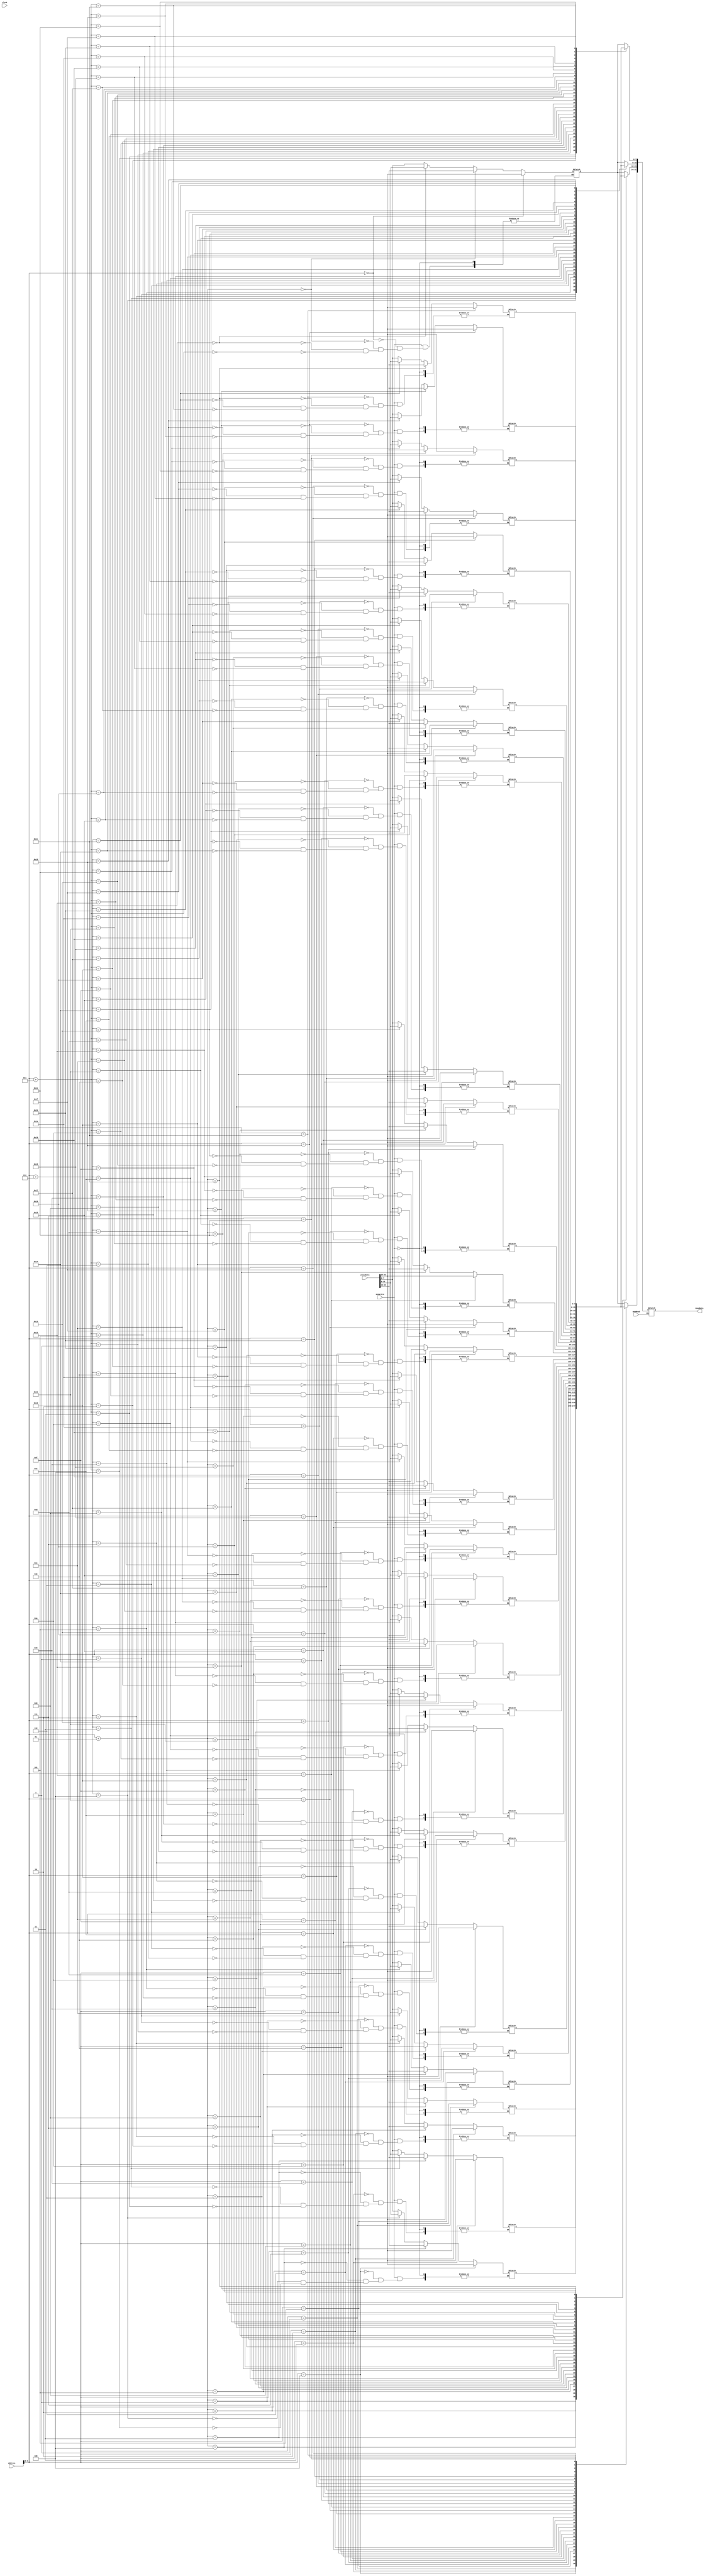
//-----------------------------------------------------
// Design Name : Mips_Processor
// Function : This file models the memory of the processor
// Coder    : Waleed Chaudhry
//--------------

module memory(address, writeData, memWrite, memRead, readData, clock);
	input wire signed [31:0] address;
	input wire signed [31:0] writeData;
	input wire memWrite;
	input wire memRead;

	input wire clock;
	integer i;
	reg [7:0] mainMemory[0:31];

	output reg signed [31:0] readData;

	initial begin
		for (i = 0; i < 32; i = i +4) begin
			{mainMemory[i],	mainMemory[i+1],mainMemory[i+2],mainMemory[i+3]} = 32'd0;
		end


		{mainMemory[0], mainMemory[1], mainMemory[2],mainMemory[3]} = 32'h1;
		{mainMemory[4], mainMemory[5], mainMemory[6],mainMemory[7]} = 32'h1;
		{mainMemory[8], mainMemory[9], mainMemory[10],mainMemory[11]} = 32'ha;

	end

	//Main Memory Read/Memory Write Functionality
	always @(*) begin
	#1
		if (memRead) begin
			readData <= {mainMemory[address], mainMemory[address+1], mainMemory[address+2],mainMemory[address+3]};	
		end

		if (memWrite) begin
			{mainMemory[address], mainMemory[address+1], mainMemory[address+2],mainMemory[address+3]} <=writeData;
		end
	end

		// // Printing the Main Memory
		always @ (negedge clock) begin
		#1
			$display("Printing Main Memory");
			for (i = 0; i < 32; i = i +4) begin
				$display("%h",{mainMemory[i], mainMemory[i+1],mainMemory[i+2],mainMemory[i+3]});
			end
		end
endmodule